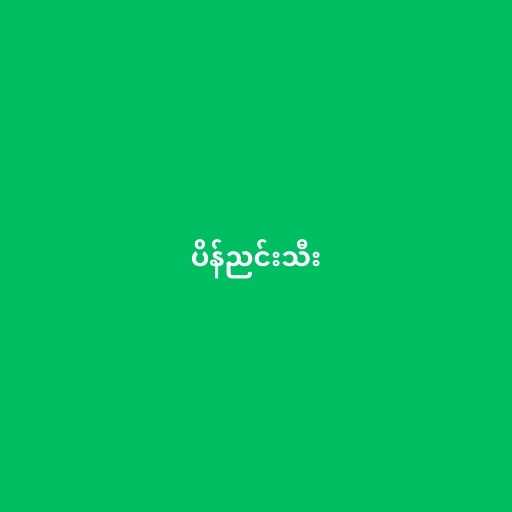
ပိန်ညင်းသီး